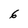
Character: 6